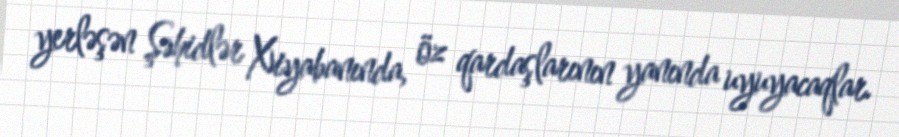
yerləşən Şəhidlər Xiyabanında, öz qardaşlarının yanında uyuyacaqlar.